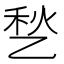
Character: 𱎊